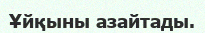
Ұйқыны азайтады.